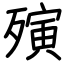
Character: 殥